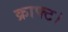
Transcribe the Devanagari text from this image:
क्राफ्ट।